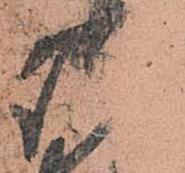
御